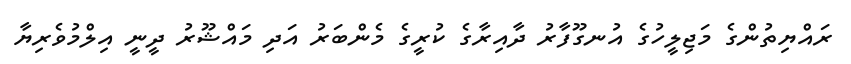
ރައްޔިތުންގެ މަޖިލީހުގެ އުނގޫފާރު ދާއިރާގެ ކުރީގެ މެންބަރު އަދި މައްޝޫރު ދީނީ އިލްމުވެރިޔާ